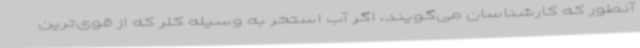
آنطور که کارشناسان می‌گویند، اگر آب استخر به وسیله کلر که از قوی‌ترین